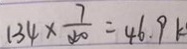
1 3 4 \times \frac { 7 } { 4 0 } = 4 6 . 9 k